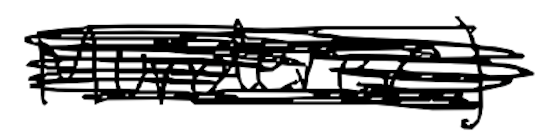
Text: Murderer)
Cross-out: scratch
Writing tool: digital_black